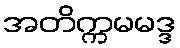
အတိက္ကမမဒ္ဒ